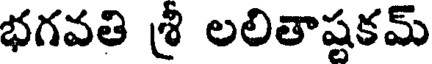
భగవతి శ్రీ లలితాష్టకమ్